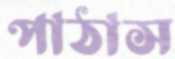
পাঠাস